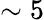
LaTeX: \sim 5